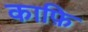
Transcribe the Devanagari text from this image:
काफ़ि